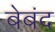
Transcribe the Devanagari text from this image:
बेबंद